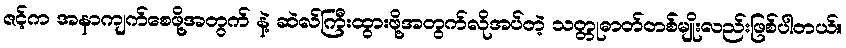
ဇင့်က အနာကျက်စေဖို့အတွက် နဲ့ ဆဲလ်ကြီးထွားဖို့အတွက်လိုအပ်တဲ့ သတ္တုဓာတ်တစ်မျိုးလည်းဖြစ်ပါတယ်။